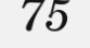
75